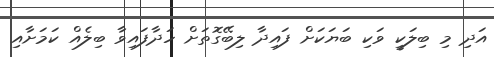
އަދި މި ބިލަކީ ވަކި ބަޔަކަށް ފައިދާ ލިބޭގޮތަށް ހަދާފައިވާ ބިލެއް ކަމަށާއި